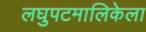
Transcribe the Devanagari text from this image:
लघुपटमालिकेला